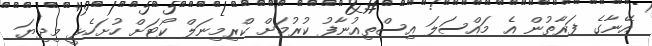
އޭނާގެ ފަރާތުން އެ މައްސަލަ އިސްތިއުނާފު ކުރުމަށް ކްރިމިނަލް ކޯޓަށް ހުށަހެޅީ މިދިޔަ